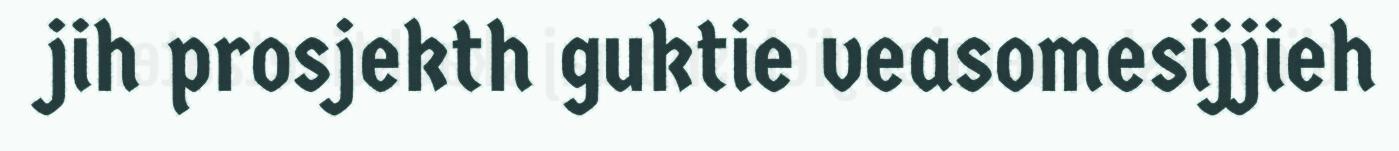
jih prosjekth guktie veasomesijjieh